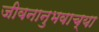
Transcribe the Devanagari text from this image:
जीवनानुभवाच्या